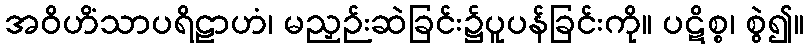
အဝိဟိံသာပရိဠာဟံ၊ မညှဉ်းဆဲခြင်း၌ပူပန်ခြင်းကို။ ပဋိစ္စ၊ စွဲ၍။